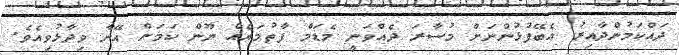
ދައްކަމުންދާއިރު އެބޭފުޅުންނަށް މުސާރަ ދެއްވަނީ މެޑަމް ފާތުމައެއް ނޫން ކަމަށް އޭނާ ވިދާޅުވިއެވެ.